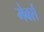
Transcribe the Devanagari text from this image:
मेर्क्स